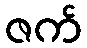
ဇက်